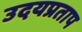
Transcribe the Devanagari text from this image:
उदयप्रताप